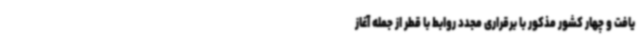
یافت و چهار کشور مذکور با برقراری مجدد روابط با قطر از جمله آغاز